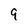
Character: 9